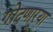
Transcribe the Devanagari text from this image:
गोंदणार्‍या